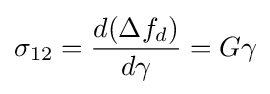
\sigma _{12}={\frac {d(\Delta f_{d})}{d\gamma }}=G\gamma